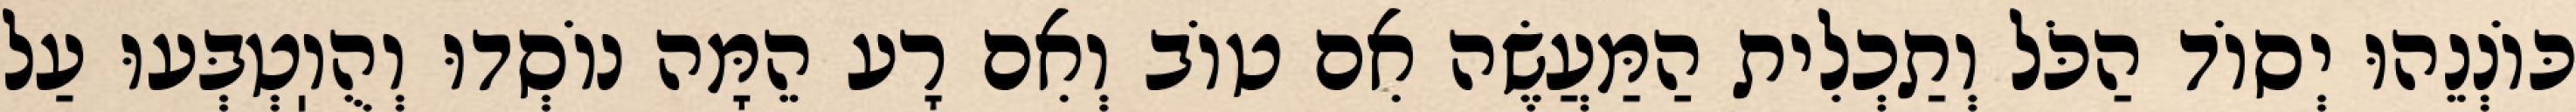
כּוֹנְנֵהוּ יְסוֹד הַכֹּל וְתַכְלִית הַמַּעֲשֶׂה אִם טוֹב וְאִם רָע הֵמָּה נוֹסְדוּ וְהֻוֽטְבְּעוּ עַל